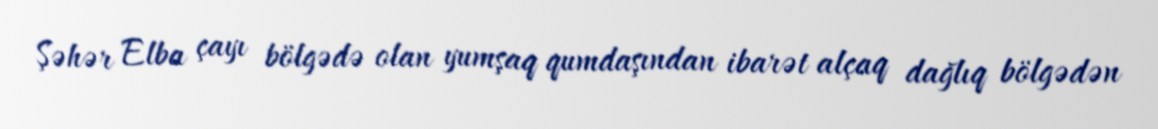
Şəhər Elba çayı bölgədə olan yumşaq qumdaşından ibarət alçaq dağlıq bölgədən